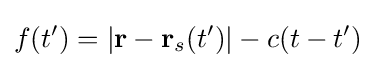
f(t')=|\mathbf {r} -\mathbf {r} _{s}(t')|-c(t-t')